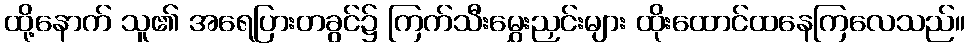
ထို့နောက် သူ၏ အရေပြားတခွင်၌ ကြက်သီးမွှေးညှင်းများ ထိုးထောင်ထနေကြလေသည်။